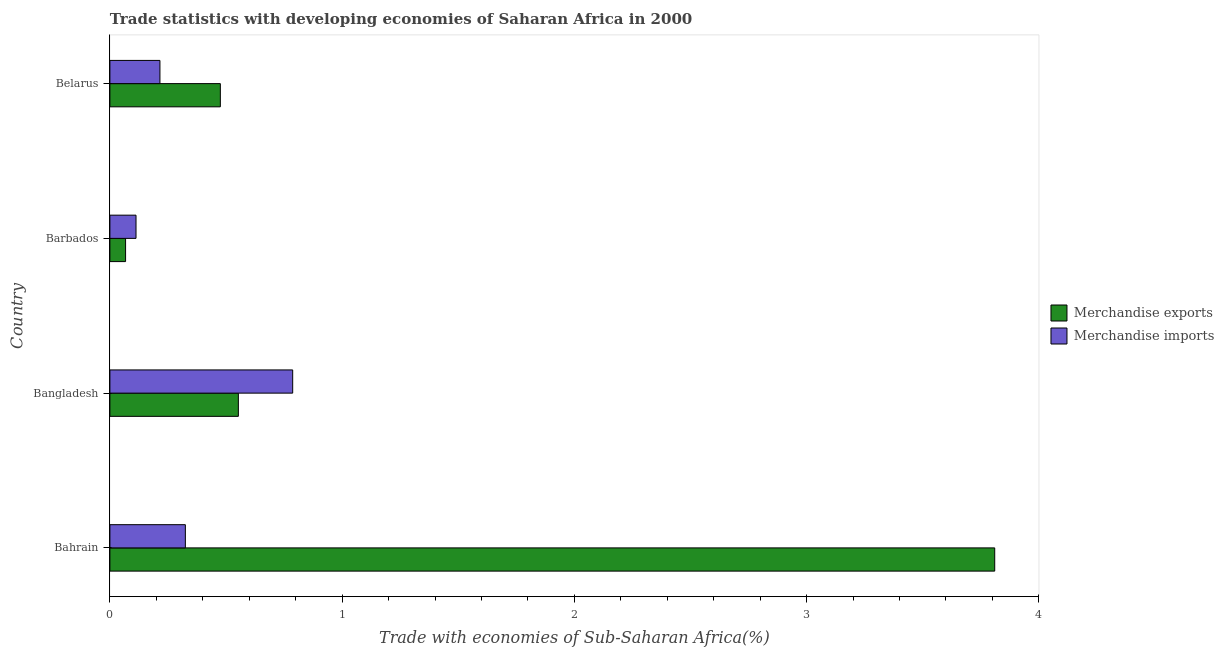
| Country | Merchandise exports | Merchandise imports |
 | --- | --- | --- |
 | Bahrain | 3.81 | 0.325 |
 | Bangladesh | 0.553 | 0.787 |
 | Barbados | 0.0675 | 0.113 |
 | Belarus | 0.476 | 0.215 |